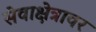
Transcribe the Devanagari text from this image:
सेवाक्षेत्रावर